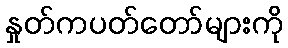
နှုတ်ကပတ်တော်များကို